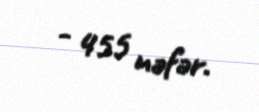
- 455 nəfər.